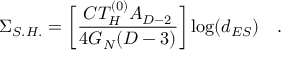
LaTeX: \Sigma _ { S . H . } = \biggl [ \frac { C T _ { H } ^ { ( 0 ) } A _ { D - 2 } } { 4 G _ { N } ( D - 3 ) } \biggr ] \log ( d _ { E S } ) \quad .